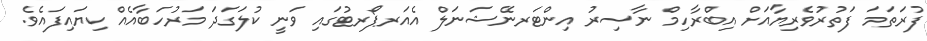
ފުރަތަމަ ފަތުރުވެރިޔާއަށް އިބްރާހިމް ނާސިރު އިންޓަރނޭޝަނަލް އެއަރޕޯރޓުގައި ވަނީ ކުލަގަދަ މަރުހަބާއެއް ކިޔައިފައެވެ.